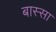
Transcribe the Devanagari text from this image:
बास्सा